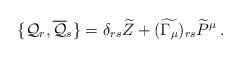
LaTeX: \begin{align*} \{ {\cal{Q}}_r , \overline{{\cal{Q}}}_s \} = \delta_{rs} \widetilde{Z} + (\widetilde{\Gamma_\mu})_{rs} \widetilde{P}^\mu \, .\end{align*}